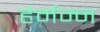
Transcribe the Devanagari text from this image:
हेर्मन्न